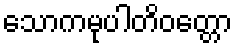
သောကမုပါတိဝတ္တော